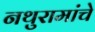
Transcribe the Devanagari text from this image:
नथुरामांचे